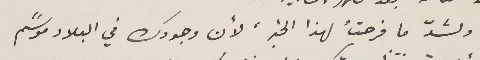
ولشدّ ما فرحتُ لهذا الخبر، لأن وجودك في البلاد موسًم